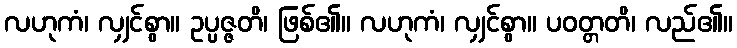
လဟုကံ၊ လျှင်စွာ။ ဥပ္ပဇ္ဇတိ၊ ဖြစ်၏။ လဟုကံ၊ လျှင်စွာ။ ပဝတ္တတိ၊ လည်၏။